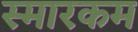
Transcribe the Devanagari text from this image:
स्मारकम